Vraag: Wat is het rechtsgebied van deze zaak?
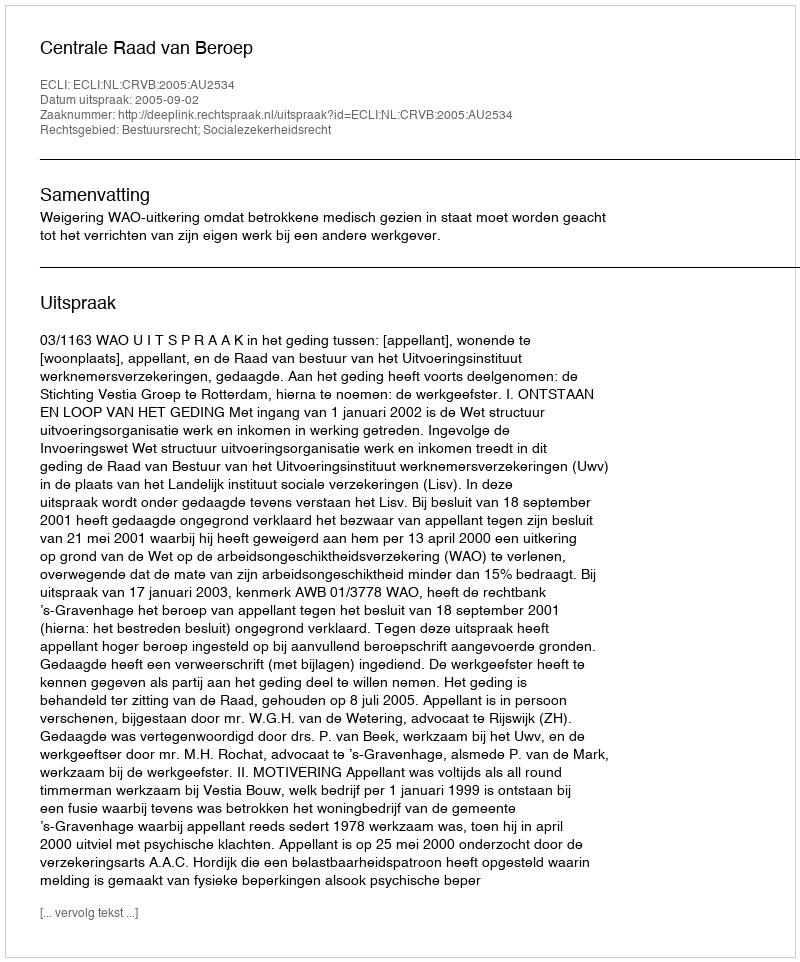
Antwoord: Bestuursrecht; Socialezekerheidsrecht